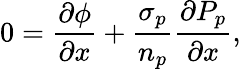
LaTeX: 0=\frac{\partial\phi}{\partial x}+\frac{\sigma_{p}}{n_{p}}\frac{\partial{P}_{p}}{\partial x},